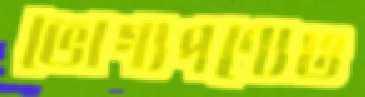
ভোগ্যপণ্যেও